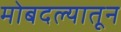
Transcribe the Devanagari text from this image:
मोबदल्यातून